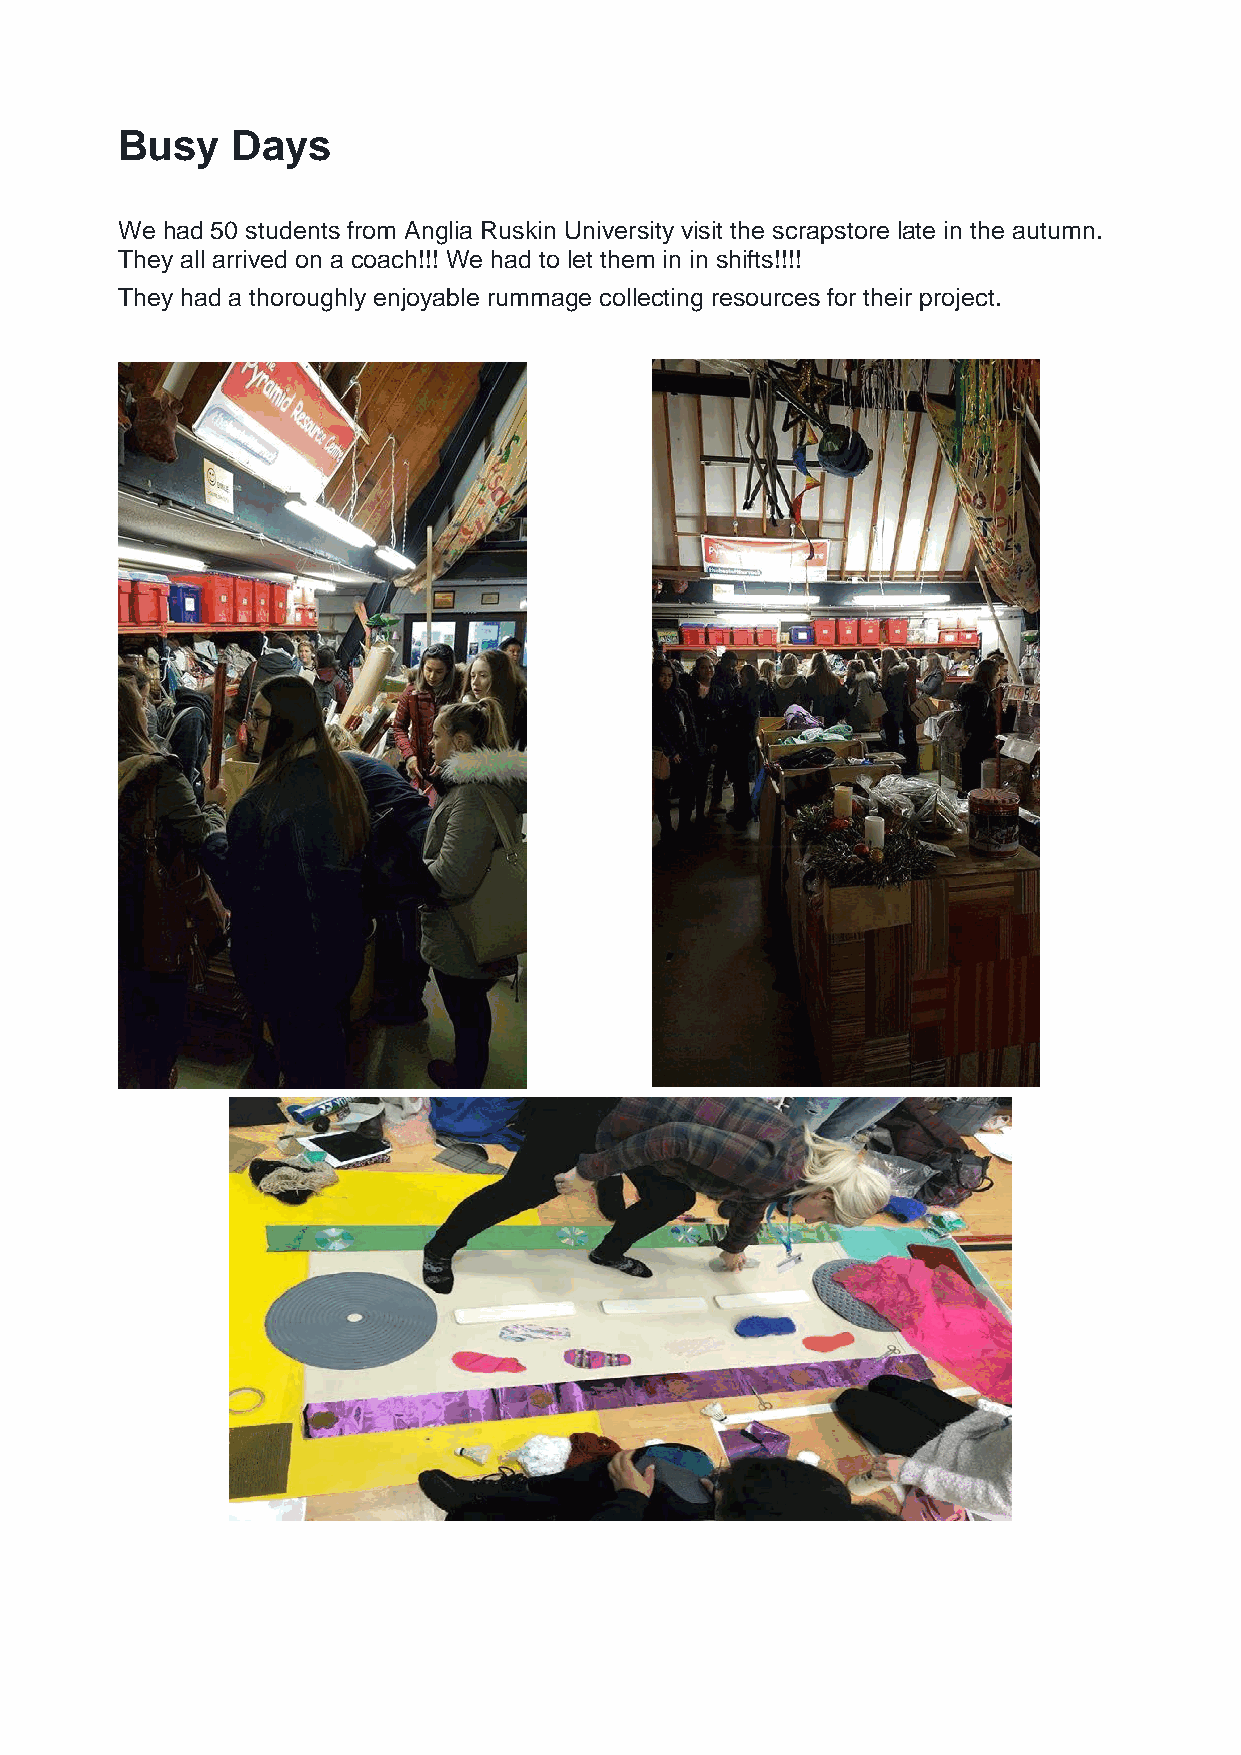
Busy   Days
 We had 50 students from Anglia Ruskin University visit the scrapstore late in the autumn.
 They all arrived on a coach!!! We had to let them in in shifts!!!!
 They had a thoroughly enjoyable rummage collecting resources for their project.